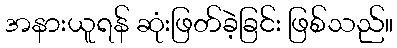
အနားယူရန် ဆုံးဖြတ်ခဲ့ခြင်း ဖြစ်သည်။